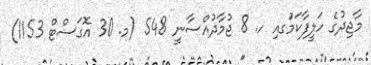
މާޖިދުގެ ހަލީފާކަމުަގއި ހ. 8 ޖުމާދުއްސާނީ 548 (މ. 30 އޮގަސްޓް 1153)